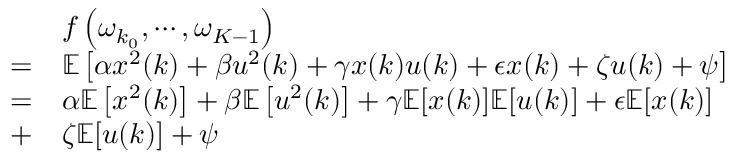
\begin{array} { r l } & { f \left( \omega _ { k _ { 0 } } , \cdots , \omega _ { K - 1 } \right) } \\ { = } & { \mathbb { E } \left[ \alpha x ^ { 2 } ( k ) + \beta u ^ { 2 } ( k ) + \gamma x ( k ) u ( k ) + \epsilon x ( k ) + \zeta u ( k ) + \psi \right] } \\ { = } & { \alpha \mathbb { E } \left[ x ^ { 2 } ( k ) \right] + \beta \mathbb { E } \left[ u ^ { 2 } ( k ) \right] + \gamma \mathbb { E } [ x ( k ) ] \mathbb { E } [ u ( k ) ] + \epsilon \mathbb { E } [ x ( k ) ] } \\ { + } & { \zeta \mathbb { E } [ u ( k ) ] + \psi } \end{array}